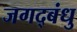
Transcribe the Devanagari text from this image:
जगद्बंधु